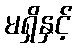
မရှိနှင့်